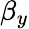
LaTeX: \beta_{y}